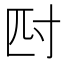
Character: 𭔪